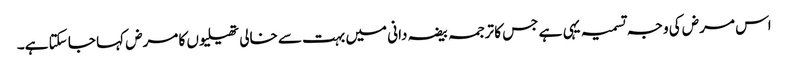
اس مرض کی وجہ تسمیہ یہی ہے جس کا ترجمہ بیضہ دانی میں بہت سے خالی تھیلیوں کا مرض کہا جا سکتا ہے۔